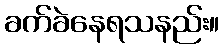
ခက်ခဲနေရသနည်း။